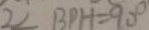
2 \angle B P H = 9 0 ^ { \circ }